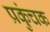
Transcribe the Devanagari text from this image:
प्रकुंचक